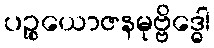
ပဉ္စယောဇနမုဗ္ဗိဒ္ဓေါ